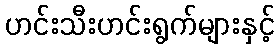
ဟင်းသီးဟင်းရွက်များနှင့်